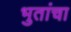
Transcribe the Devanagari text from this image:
भुतांचा